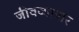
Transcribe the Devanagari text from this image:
जीवव्यापार